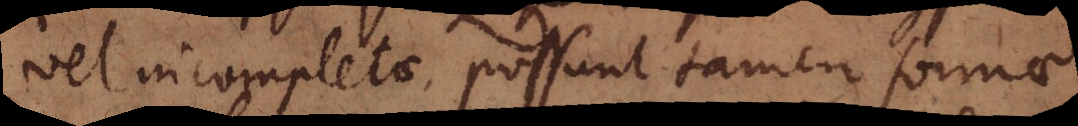
vel incompletae, possunt tamen formae